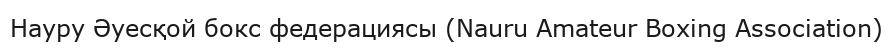
Науру Әуесқой бокс федерациясы (Nauru Amateur Boxing Association)